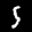
Label: 5